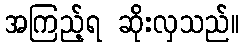
အကြည့်ရ ဆိုးလှသည်။